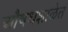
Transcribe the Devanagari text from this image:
औषधशाळेत